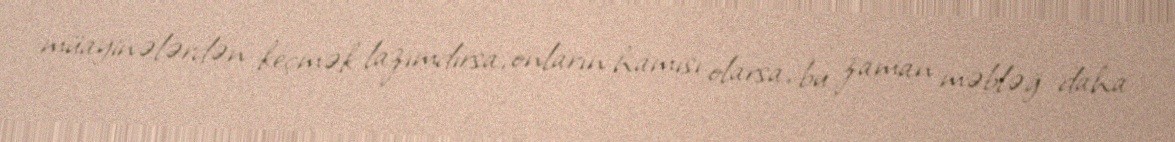
müayinələrdən keçmək lazımdırsa, onların hamısı olarsa, bu zaman məbləğ daha